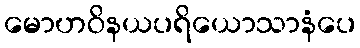
မောဟဝိနယပရိယောသာနံပေ